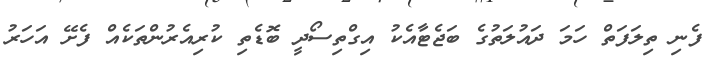
ފެނި ތިލަފަތް ހަމަ ދައުލަތުގެ ބަޖެޓާއެކު އިގްތިސޯދީ ބޮޑެތި ކުރިއެރުންތަކެއް ފެށޭ އަހަރު